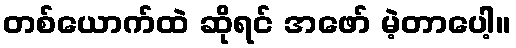
တစ်ယောက်ထဲ ဆိုရင် အဖော် မဲ့တာပေါ့။